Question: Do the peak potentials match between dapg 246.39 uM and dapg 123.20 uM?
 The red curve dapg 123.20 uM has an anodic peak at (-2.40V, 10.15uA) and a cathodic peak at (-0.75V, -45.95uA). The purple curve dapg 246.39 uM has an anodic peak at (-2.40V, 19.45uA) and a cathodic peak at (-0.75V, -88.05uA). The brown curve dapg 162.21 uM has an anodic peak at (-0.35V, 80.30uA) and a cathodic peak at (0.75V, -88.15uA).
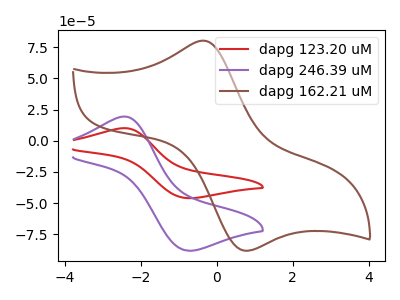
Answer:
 <answer>Yes, "dapg 246.39 uM" have a peak in "dapg 123.20 uM" at the same potential.</answer>
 <eval>match</eval>